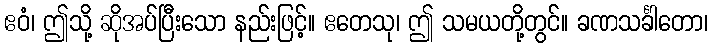
ဧဝံ၊ ဤသို့ ဆိုအပ်ပြီးသော နည်းဖြင့်။ ဧတေသု၊ ဤ သမယတို့တွင်။ ခဏသင်္ခါတော၊